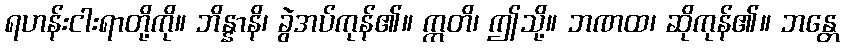
ရဟန်းငါးရာတို့ကို။ ဘိန္နာနိ၊ ခွဲအပ်ကုန်၏။ ဣတိ၊ ဤသို့။ ဘဏထ၊ ဆိုကုန်၏။ ဘန္တေ